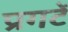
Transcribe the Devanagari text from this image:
प्रगटें